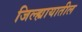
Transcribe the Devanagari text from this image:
जिल्ह्यायातील